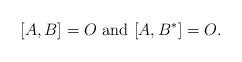
LaTeX: \begin{align*}[A,B] = O \mbox{ and }[A,B^*] = O.\end{align*}